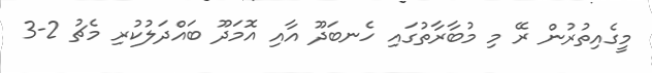
މީގެއިތުރުން ރޭ މި މުބާރާތުގައި ހެނބަދޫ އާއި އޮމަދޫ ބައްދަލުކުރި މެޗު 2-3